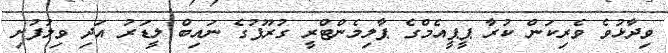
ވިދާޅުވެ ވެރިކަން ކުރާ ޕީޕީއެމްގެ ޕާލިމެންޓްރީ ގުރޫޕުގެ ނައިބް ލީޑަރު އަދި ވިލުފުށި